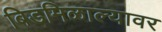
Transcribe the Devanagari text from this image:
बिडमिळाल्यावर